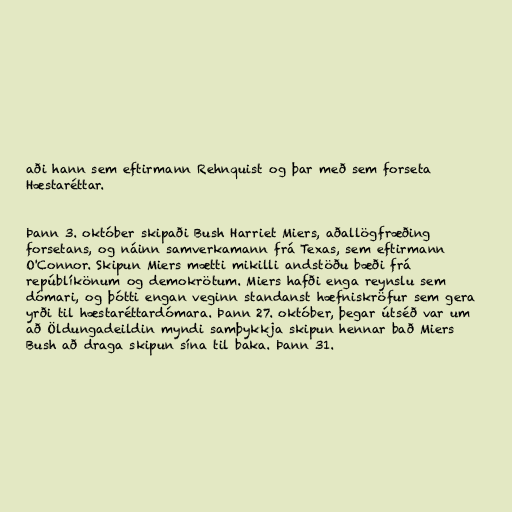
aði hann sem eftirmann Rehnquist og þar með sem forseta
Hæstaréttar.

Þann 3. október skipaði Bush Harriet Miers, aðallögfræðing
forsetans, og náinn samverkamann frá Texas, sem eftirmann
O'Connor. Skipun Miers mætti mikilli andstöðu bæði frá
repúblíkönum og demokrötum. Miers hafði enga reynslu sem
dómari, og þótti engan veginn standanst hæfniskröfur sem gera
yrði til hæstaréttardómara. Þann 27. október, þegar útséð var um
að Öldungadeildin myndi samþykkja skipun hennar bað Miers
Bush að draga skipun sína til baka. Þann 31.